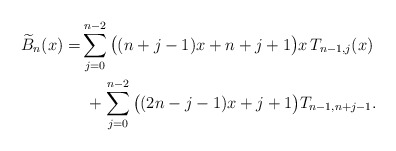
\begin{align*}\begin{aligned}\widetilde{B}_{n}(x) = & \sum_{j=0}^{n-2}\big((n+j-1)x+n+j+1\big)x\,T_{n-1,j}(x) \\ & \ +\sum_{j=0}^{n-2}\big((2n-j-1)x+j+1\big)T_{n-1,n+j-1}.\end{aligned}\end{align*}